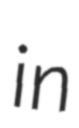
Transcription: in